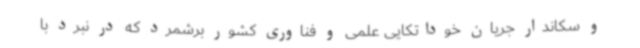
و سکاندار جریان خوداتکایی علمی و فناوری کشور برشمرد که در نبرد با